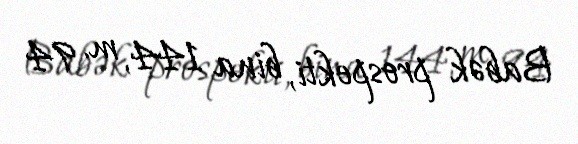
Babək prospekti, bina 144, m. 94